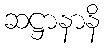
ဆဋ္ဌာနာနိ